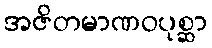
အဇိတမာဏဝပုစ္ဆာ